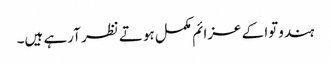
ہندوتوا کے عزائم مکمل ہوتے نظر آرہے ہیں۔